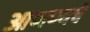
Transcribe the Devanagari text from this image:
आणण्यचे